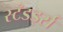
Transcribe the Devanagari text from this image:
स्टँडर्ड्स